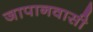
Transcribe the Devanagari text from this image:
जापानवासी